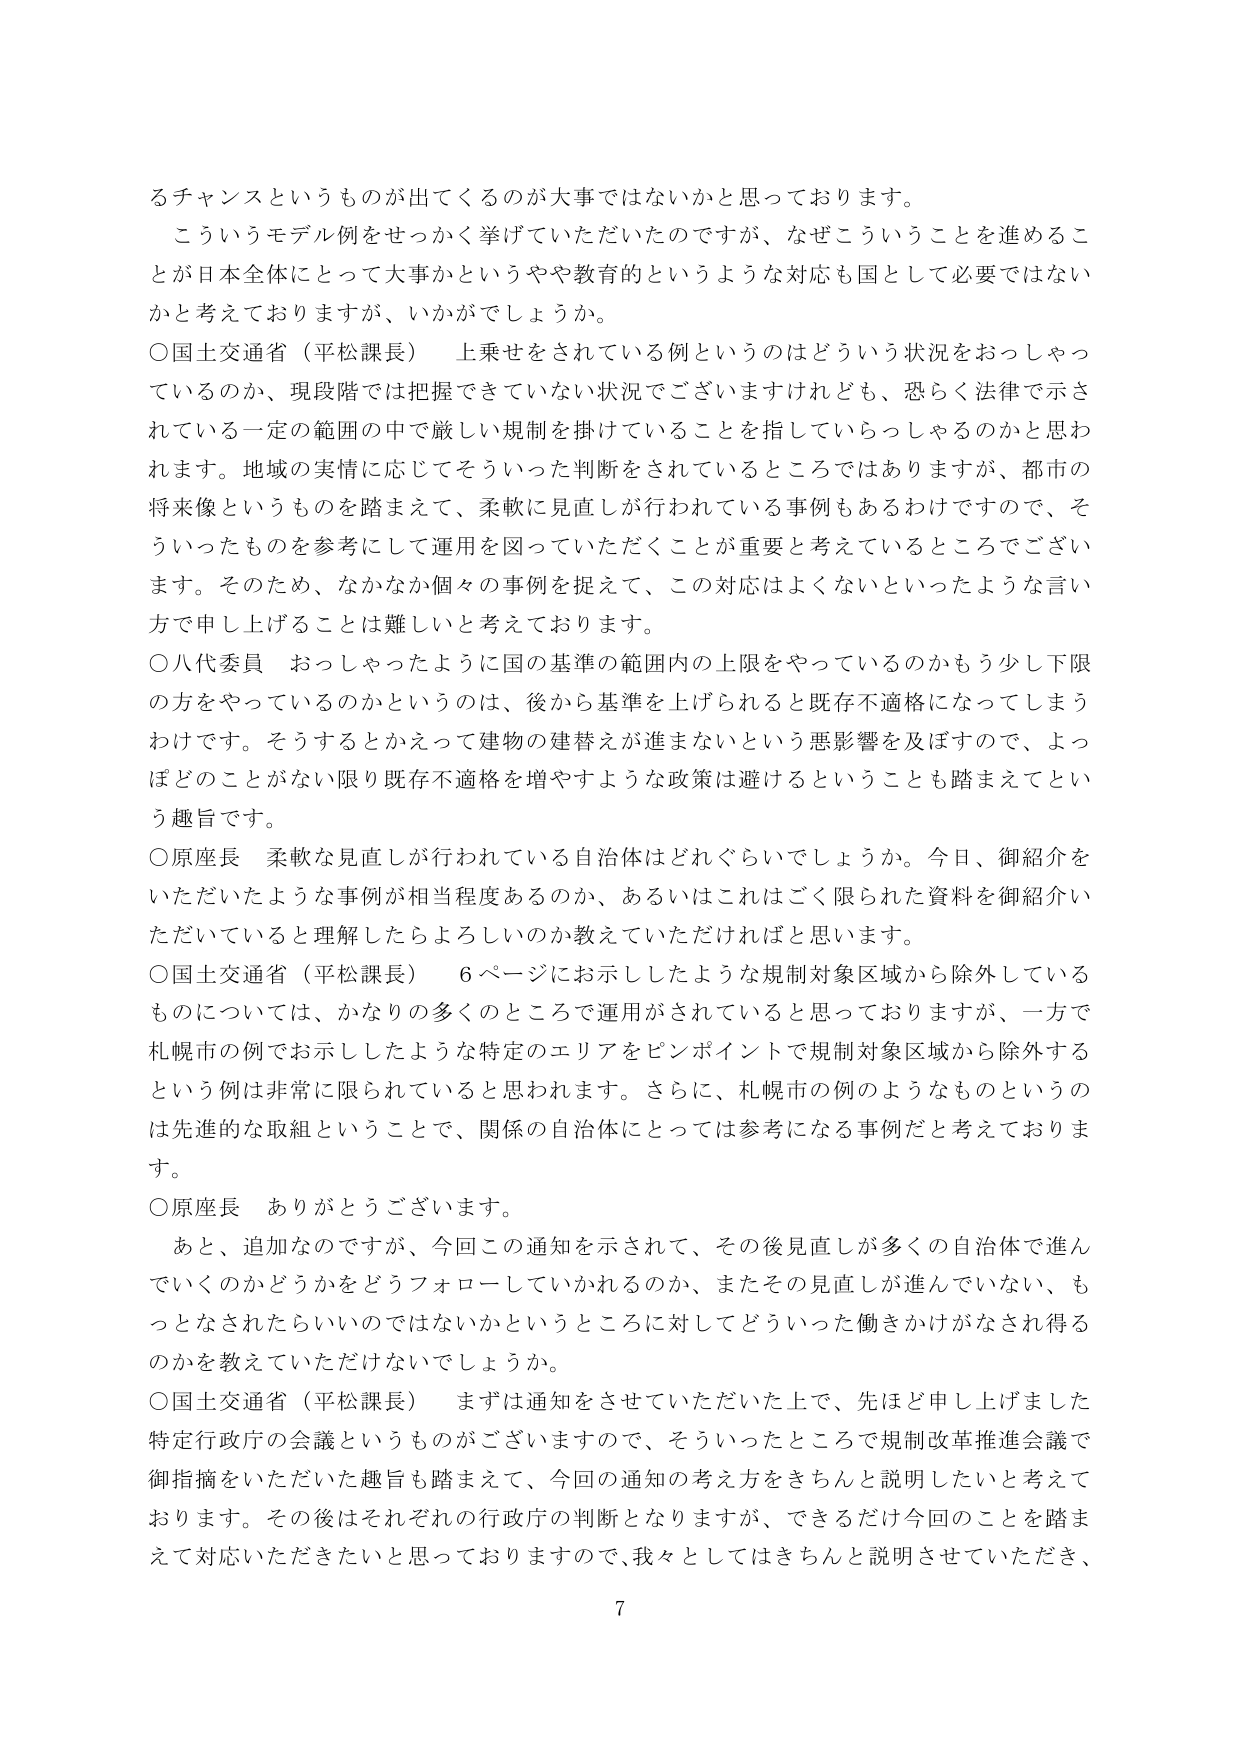
るチャンスというものが出てくるのが大事ではないかと思っております。
こういうモデル例をせっかく挙げていただいたのですが、なぜこういうことを進めることが日本全体にとって大事かというやや教育的というような対応も国として必要ではないかと考えておりますが、いかがでしょうか。
○国土交通省（平松課長） 上乗せをされている例というのはどういう状況をおっしゃっているのか、現段階では把握できていない状況でございますけれども、恐らく法律で示されている一定の範囲の中で厳しい規制を掛けていることを指していらっしゃるのかと思われます。地域の実情に応じてそういった判断をされているところではありますが、都市の将来像というものを踏まえて、柔軟に見直しが行われている事例もあるわけですので、そういったものを参考にして運用を図っていただくことが重要と考えているところでございます。そのため、なかなか個々の事例を捉えて、この対応はよくないといったような言い方で申し上げることは難しいと考えております。
○八代委員 おっしゃったように国の基準の範囲内の上限をやっているのかもう少し下限の方をやっているのかというのは、後から基準を上げられると既存不適格になってしまうわけです。そうするとかえって建物の建替えが進まないという悪影響を及ぼすので、よっぽどのことがない限り既存不適格を増やすような政策は避けるということも踏まえてという趣旨です。
○原座長 柔軟な見直しが行われている自治体はどれぐらいでしょうか。今日、御紹介をいただいたような事例が相当程度あるのか、あるいはこれはごく限られた資料を御紹介いただいていると理解したらよろしいのか教えていただければと思います。
○国土交通省（平松課長） 6ページにお示ししたような規制対象区域から除外しているものについては、かなりの多くのところで運用がされていると思っておりますが、一方で札幌市の例でお示ししたような特定のエリアをピンポイントで規制対象区域から除外するという例は非常に限られていると思われます。さらに、札幌市の例のようなものというのは先進的な取組ということで、関係の自治体にとっては参考になる事例だと考えております。
○原座長 ありがとうございます。
あと、追加なのですが、今回この通知を示されて、その後見直しが多くの自治体で進んでいくのかどうかをどうフォローしていかれるのか、またその見直しが進んでいない、もつとなされたらないのではないかというところに対してどういった働きかけがなされる得るのかを教えていただけないでしょうか。
○国土交通省（平松課長） まずは通知をさせていただいた上で、先ほど申し上げました特定行政庁の会議というものがございますので、そういったところで規制改革推進会議で御指摘をいただいた趣旨も踏まえて、今回の通知の考え方をきちんと説明したいと考えております。その後はそれぞれの行政庁の判断となりますが、できるだけ今回のこと踏まえて対応いただきたいと思っておりますので、我々としてはきちんと説明させていただき、
7